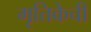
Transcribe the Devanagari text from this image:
मृत्तिकेची